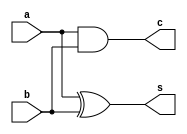
module halfadd(
    input a,
    input b,
    output c,
    output s
    );
assign c=a&b;
assign s=a^b;

endmodule